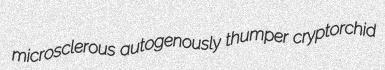
microsclerous autogenously thumper cryptorchid